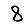
Digit: 8